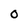
Character: O